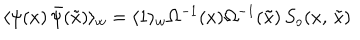
\langle \psi ( x ) \, \bar { \psi } ( \tilde { x } ) \rangle _ { w } = \langle 1 \rangle _ { w } \Omega ^ { - 1 } ( x ) \Omega ^ { - 1 } ( \tilde { x } ) \, S _ { o } ( x , \, \tilde { x } )